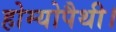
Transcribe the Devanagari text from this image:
होम्योपैथी।